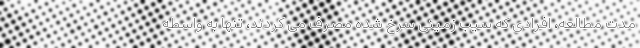
مدت مطالعه، افرادی که سیب زمینی سرخ شده مصرف می کردند، تنها به واسطه